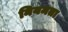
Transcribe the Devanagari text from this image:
नियमता